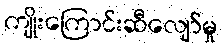
ကျိုးကြောင်းဆီလျော်မှု